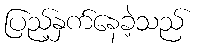
ပြည့်နှက်နေခဲ့သည်